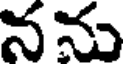
నను